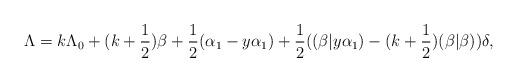
LaTeX: \begin{align*}\Lambda=k\Lambda_0+(k+\frac{1}{2})\beta+\frac{1}{2}(\alpha_1-y\alpha_1)+\frac{1}{2}((\beta|y\alpha_1)-(k+\frac{1}{2})(\beta|\beta))\delta,\end{align*}